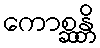
ကောစ္ဆန္တိ